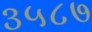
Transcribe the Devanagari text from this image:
३५८७